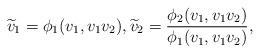
LaTeX: \begin{align*}\widetilde{v}_1 = \phi_1(v_1,v_1v_2), \widetilde{v}_2 = \frac{\phi_2(v_1,v_1v_2)}{\phi_1(v_1,v_1v_2)},\end{align*}